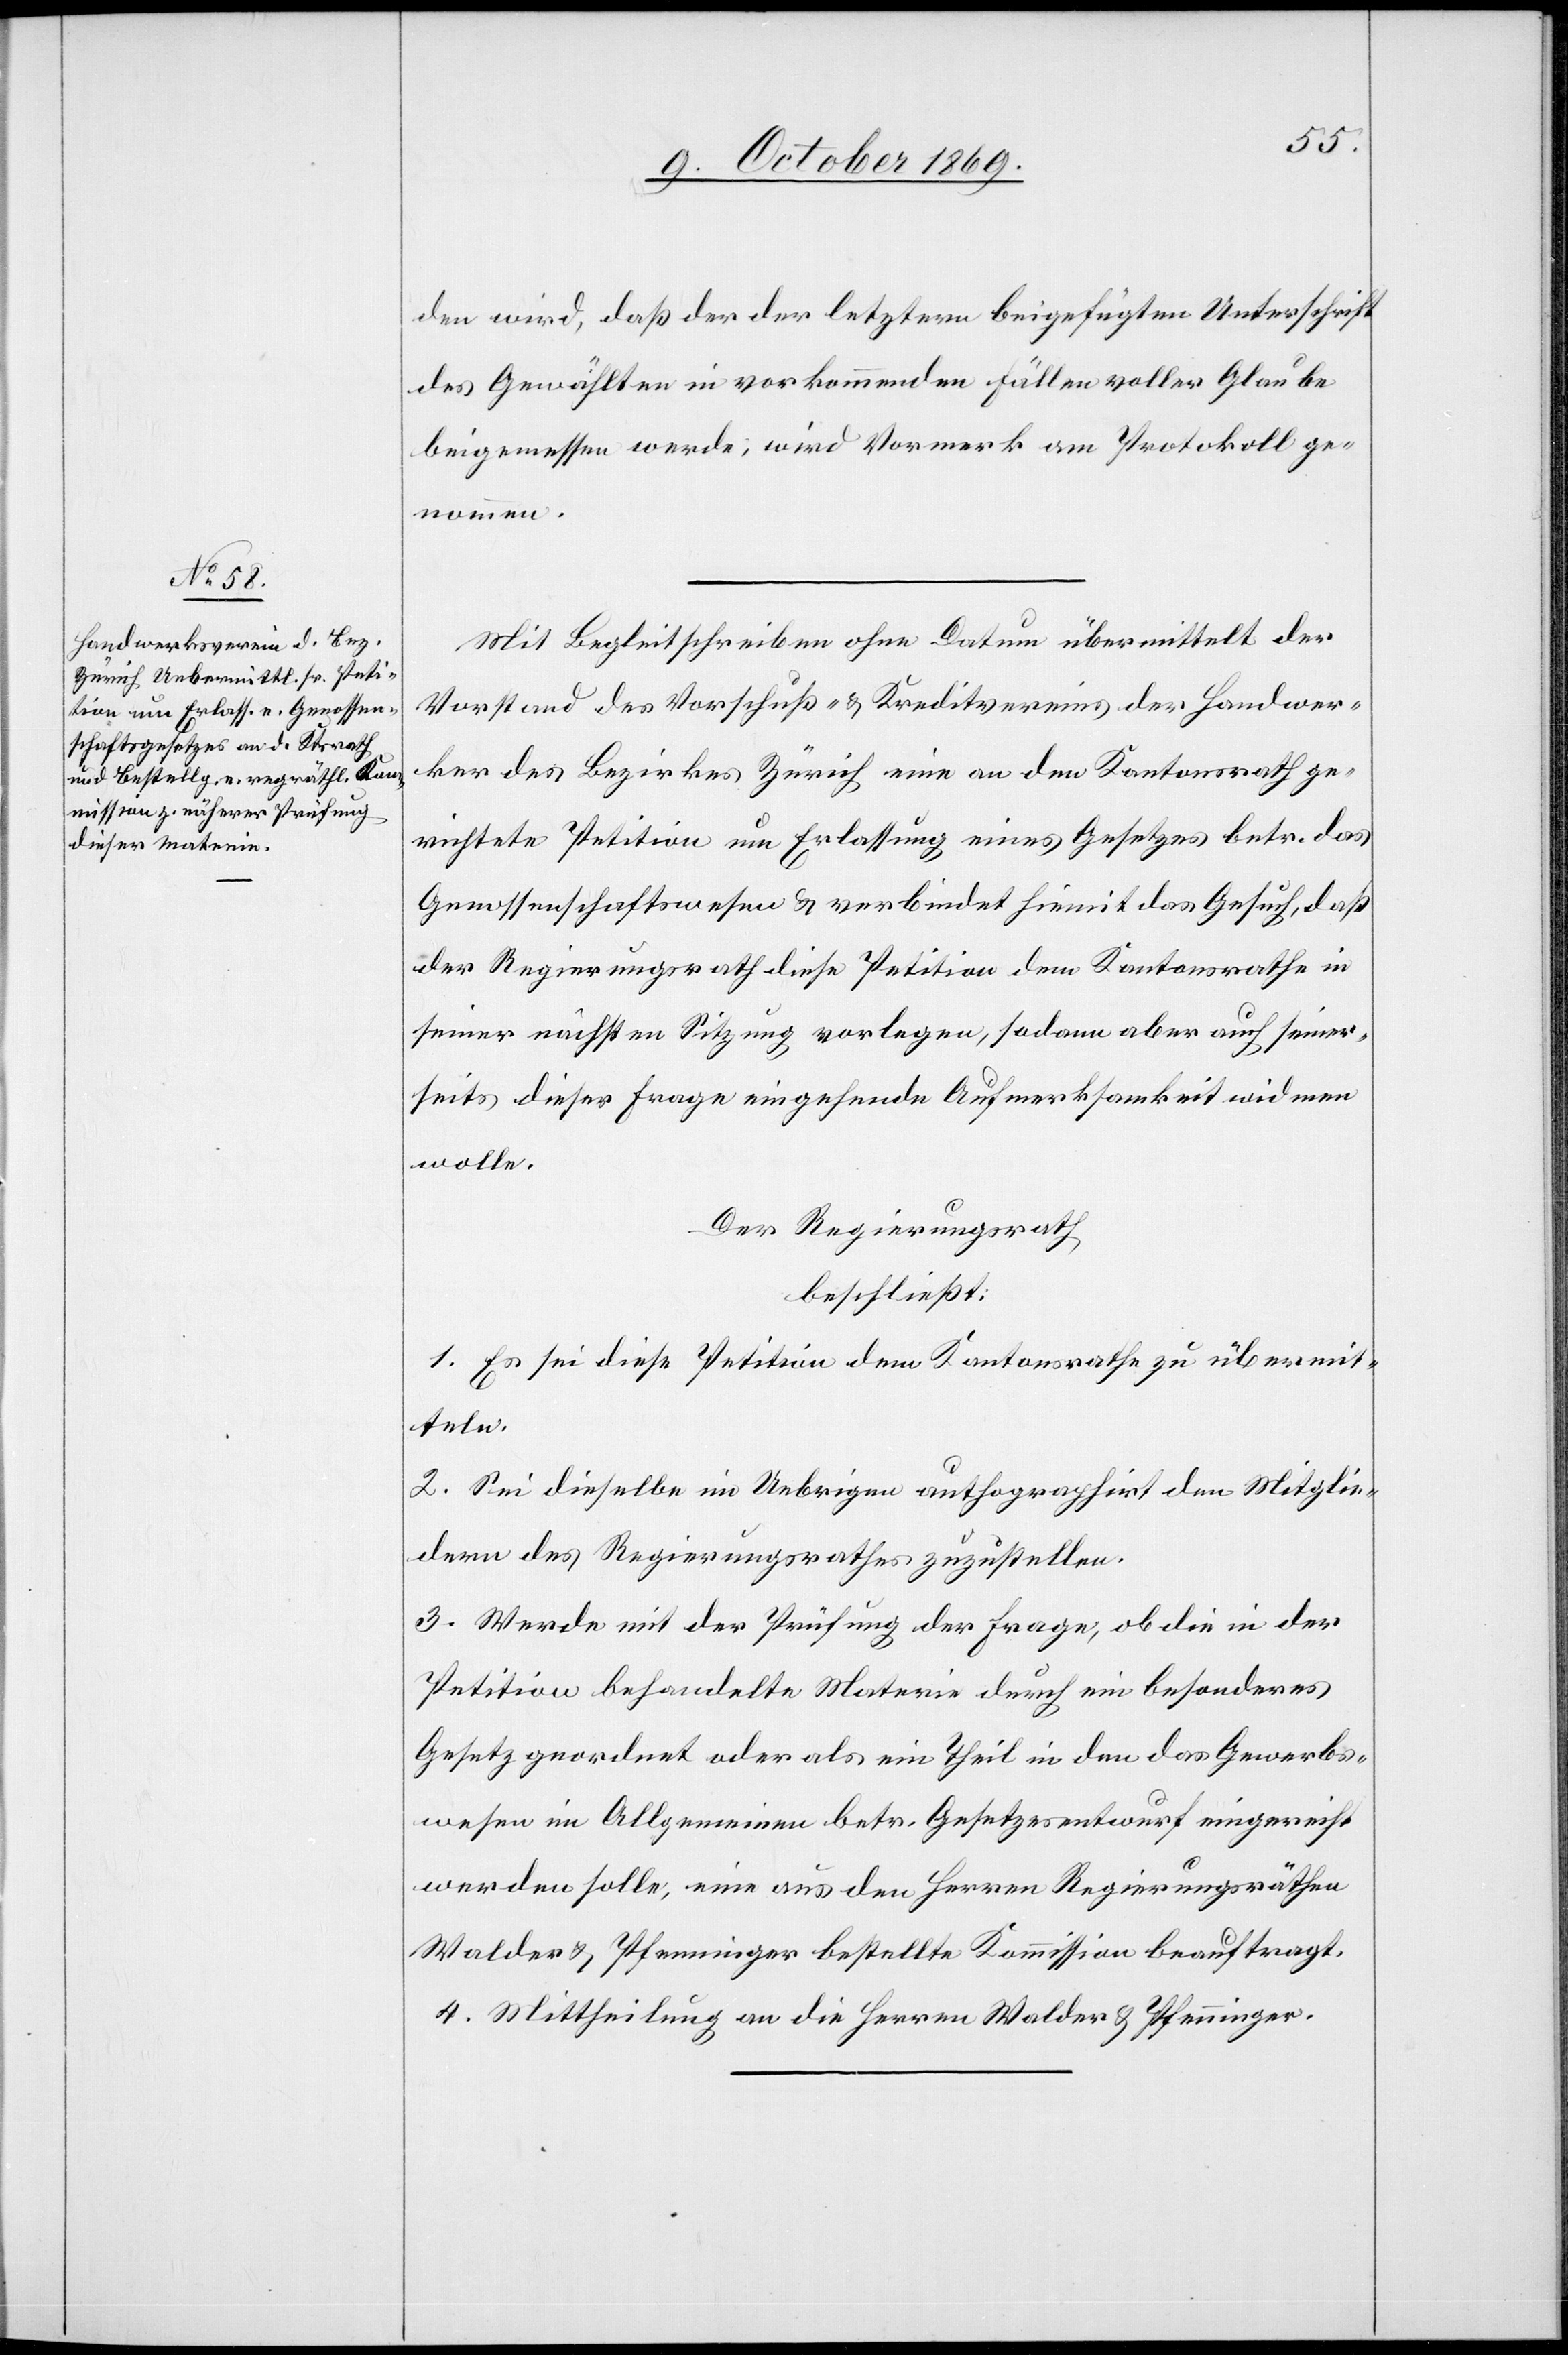
den wird, daß der der letztern beigefügten Unterschrift
des Gewählten in vorkommenden Fällen voller Glaube
beigemessen werde, wird Vormerk am Protokoll ge¬
nommen.
Mit Begleitschreiben ohne Datum übermittelt der
Vorstand des Vorschuß- & Kreditvereins der Handwer¬
ker des Bezirkes Zürich eine an den Kantonsrath ge¬
richtete Petition um Erlassung eines Gesetzes betr. das
Genossenschaftswesen & verbindet hiemit das Gesuch, daß
der Regierungsrath diese Petition dem Kantonsrathe in
seiner nächsten Sitzung vorlegen, sodann aber auch seiner¬
seits dieser Frage eingehende Aufmerksamkeit widmen
wolle.
Der Regierungsrath
beschließt:
1. Es sei diese Petition dem Kantonsrathe zu übermit¬
teln.
2. Sei dieselbe im Uebrigen authographirt den Miglie¬
dern des Regierungsrathes zuzustellen.
3. Werde mit der Prüfung der Frage, ob die in der
Petition behandelte Materie durch ein besonderes
Gesetz geordnet oder als ein Theil in den das Gewerbs¬
wesen im Allgemeinen betr. Gesetzesentwurf eingereiht
werden solle, eine aus den Herren Regierungsräthen
Walder & Pfenninger bestellte Kommission beauftragt.
4. Mittheilung an die Herren Walder & Pfenninger.